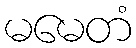
မမေတံ